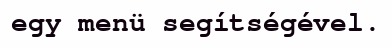
egy menü segítségével.